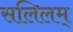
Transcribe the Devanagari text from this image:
सलिलम्